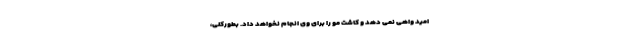
امید واهی نمی دهد و کاشت مو را برای وی انجام نخواهد داد. بطورکلی،